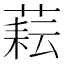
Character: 𦶮